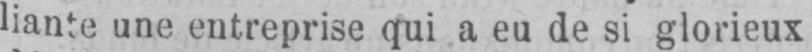
liante une entreprise qui a eu de si glorieux